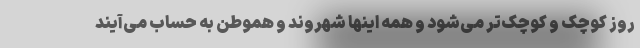
روز کوچک و کوچک‌تر می‌شود و همه اینها شهروند و هموطن به حساب می‌آیند